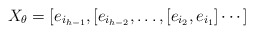
\begin{align*}X_{\theta}=[e_{i_{h-1}}, [e_{i_{h-2}}, \ldots, [e_{i_2}, e_{i_1}]\cdots ]\end{align*}